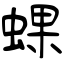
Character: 蜾